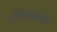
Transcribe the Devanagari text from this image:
लेक्सिकोग्राफी